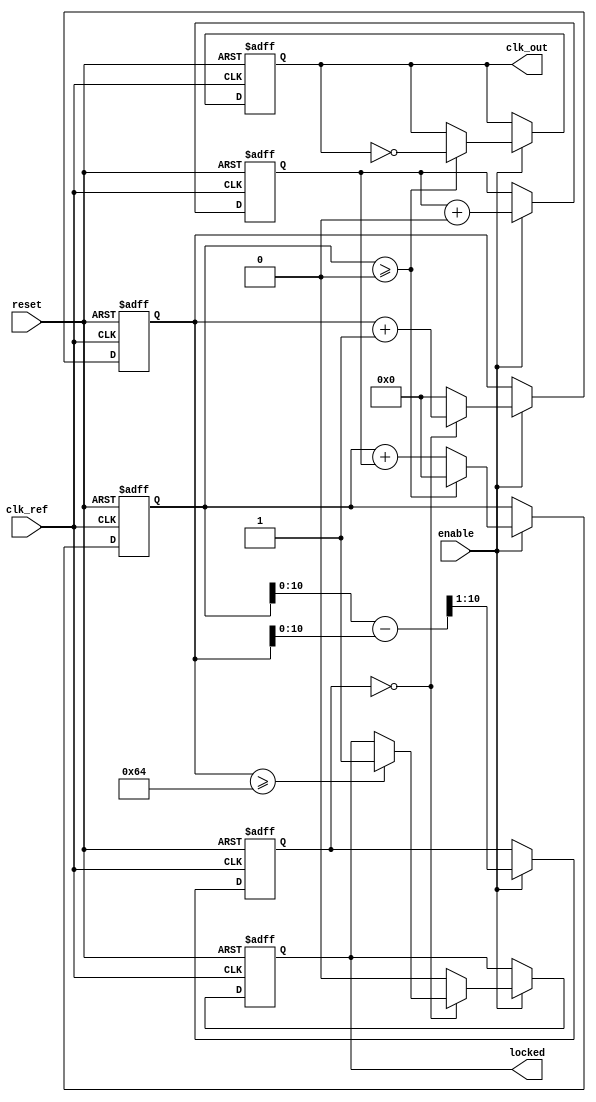
module parameterized_PLL #(
    parameter F_ref = 50_000_000,       // Reference frequency in Hz
    parameter F_out = 100_000_000,      // Desired output frequency in Hz
    parameter PHASE_RESOLUTION = 10,    // Phase resolution in bits
    parameter LOCK_TIME = 100,           // Lock time in clock cycles
    parameter LOOP_BANDWIDTH = 10        // Loop bandwidth (arbitrary units)
)(
    input wire clk_ref,                  // Input reference clock signal
    input wire reset,                    // Asynchronous reset signal
    input wire enable,                   // Control signal to enable/disable PLL
    output reg clk_out,                  // Output clock signal
    output reg locked                    // Status signal indicating lock status
);

    // Internal signals
    reg [PHASE_RESOLUTION-1:0] phase_error;
    reg [PHASE_RESOLUTION-1:0] control_voltage;
    reg [31:0] vco_counter;
    reg [31:0] lock_counter;

    // Phase Detector (PD)
    always @(posedge clk_ref or posedge reset) begin
        if (reset) begin
            phase_error <= 0;
        end else if (enable) begin
            // Simple phase error detection logic (for example purposes)
            phase_error <= (vco_counter - lock_counter) >> 1; // Example phase difference calculation
        end
    end

    // Loop Filter (LF)
    always @(posedge clk_ref or posedge reset) begin
        if (reset) begin
            control_voltage <= 0;
        end else if (enable) begin
            control_voltage <= control_voltage + (phase_error >> LOOP_BANDWIDTH); // Simple integration
        end
    end

    // Voltage-Controlled Oscillator (VCO)
    always @(posedge clk_ref or posedge reset) begin
        if (reset) begin
            vco_counter <= 0;
            clk_out <= 0;
        end else if (enable) begin
            // Update VCO counter based on control voltage
            vco_counter <= vco_counter + control_voltage; // Adjust frequency based on control voltage
            // Generate output clock based on VCO counter
            if (vco_counter >= (F_ref / F_out)) begin
                clk_out <= ~clk_out; // Toggle output clock
                vco_counter <= 0; // Reset VCO counter
            end
        end
    end

    // Lock Detection
    always @(posedge clk_ref or posedge reset) begin
        if (reset) begin
            locked <= 0;
            lock_counter <= 0;
        end else if (enable) begin
            if (phase_error == 0) begin
                lock_counter <= lock_counter + 1;
                if (lock_counter >= LOCK_TIME) begin
                    locked <= 1; // PLL is locked
                end
            end else begin
                lock_counter <= 0; // Reset lock counter if not locked
                locked <= 0;
            end
        end
    end

endmodule